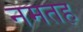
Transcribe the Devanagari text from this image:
नमतह